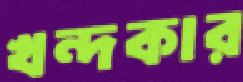
খন্দকার